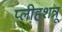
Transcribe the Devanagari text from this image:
प्लीहशत्रू